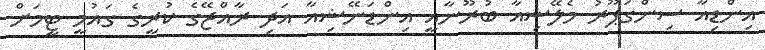
އިންޑިއާ ސިންގަޕޫރު މެލޭޝިއާ ބުރޫނާއީ އިންޑަނޭޝިއާ އަދި ރާއްޖޭގެ ކުރީގެ ގައުމީ ޓީމަށް